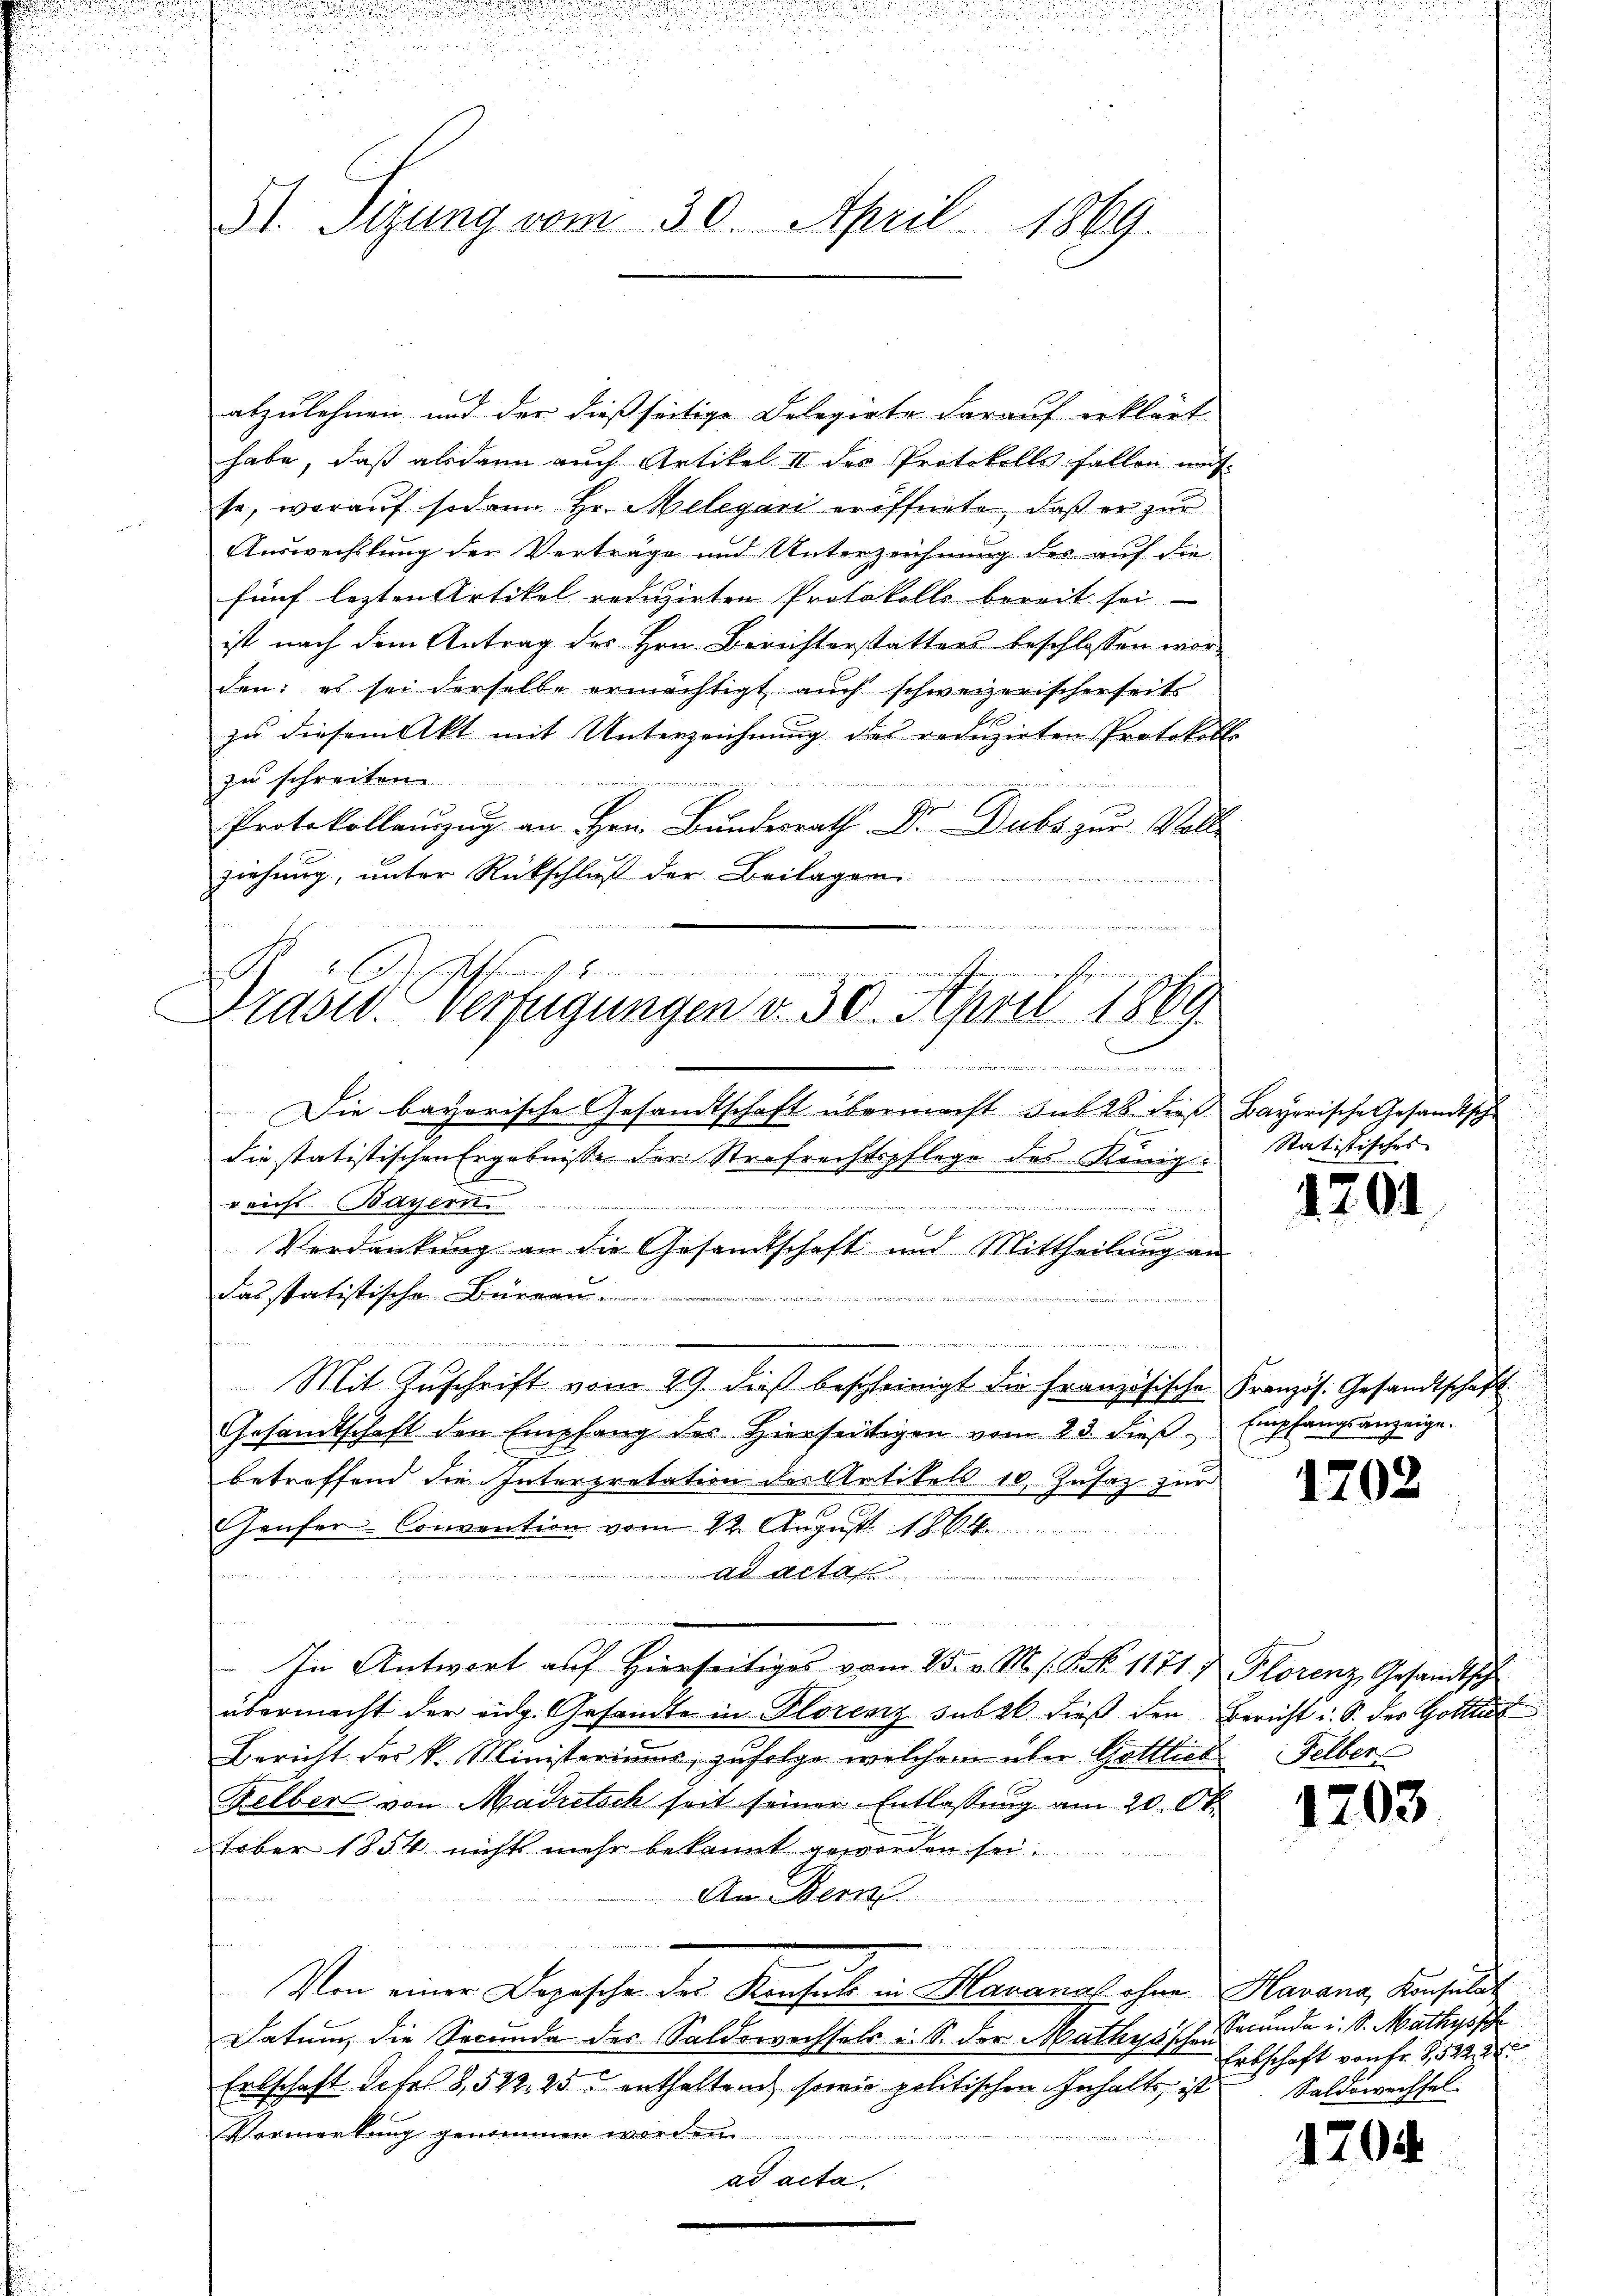
St. Sizung vom 30. April 1869.

abzulehnen und der dießseitige Delegirte darauf erklärt
habe, daß alsdann auch Artikel II des Protokolls fallen unt
se, worauf sodann Hr. Melegari eröffnete, daß er zur
Auswechslung der Verträge und Unterzeichnung des auf die
fünf lezten Artikel reduzirten Protokolls bereit sei.
ist nach dem Antrag des Hrn. Berichterstatters beschlossen worden: es sei derselbe ermächtigt, auch schweizerischerseits
d
zu diesem Akt mit Unterzeichnung des reduzirten Protokoll.
zu schreiten.
i
Protokollanzŭg an Hrn. Bundesrath Dr. Dubs zur Voll
ziehung, unter Rückschluß der Beilagen
d

Die bayerische Gesandtschaft übermacht sub 28. dieß Bayerische Gesandtsch
die statistischen Ergebnisse der Strafrechtspflege des König.
reichs. Bayern.
n
122, der di
.
Verdankung an die Gesandtschaft und Mittheilung an
Fasstatistische Büreau

oen Kinden wert diesen wurde der wir und es seien und Mutter ein werde der nichtigen Martie
Mit Zŭschrift vom 29. dieβ bescheinigt die französische Französ. Gesandtschaft
Gesandtschaft den Empfang des hierseitigen vom 23. dieβ. Empfangsanzeige.
betreffend die Interpretation des Artikels 10, Zusaz zur
Genfer-Convention vom 22. August 18
.
melten Abst
 t d. d. d. d. Stadt u. ge
In Antwort auf Hierseitiges vom 25. v. M. s. S. Nr. 11717 Plorenz, Gesandtsch
übermacht der eidg. Gesandte in Florenz subal dieß den Bericht u. S. der Gottli
Bericht der k. Ministeriums, zufolge welchem über Gottlich
Felber von Madretsch seit seiner Entlassung am 20. Ok
tober 1854 nichts mehr bekannt geworden sei.
An Bern
Von einer Depesche der Konsul in Havanach ohne Havana, Konsulat
Datum, die Secunda des Saldowechsels u. S. der Mathysischen Secunda u. S. Mathyspf
Ertschaft Octol 8, 522, 25 enthaltend sowie politischen Inhalts, ist
Vormerkung genommen worden.

ad acta.

.
ch
l
Drasid. Verfügungen v. 30. April 1869.
.

Statistisches

1201

1202

Felbert

1203

Erbschaft von Fr. 1522
Saldowechsel

1704